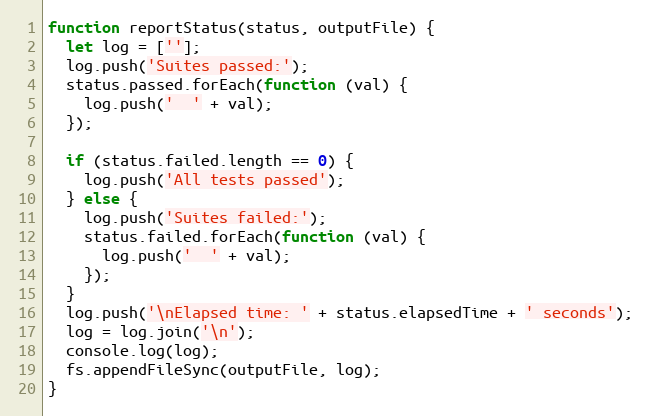
Language: JavaScript
function reportStatus(status, outputFile) {
  let log = [''];
  log.push('Suites passed:');
  status.passed.forEach(function (val) {
    log.push('  ' + val);
  });

  if (status.failed.length == 0) {
    log.push('All tests passed');
  } else {
    log.push('Suites failed:');
    status.failed.forEach(function (val) {
      log.push('  ' + val);
    });
  }
  log.push('\nElapsed time: ' + status.elapsedTime + ' seconds');
  log = log.join('\n');
  console.log(log);
  fs.appendFileSync(outputFile, log);
}